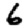
Digit: 6